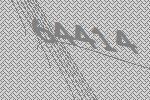
64414